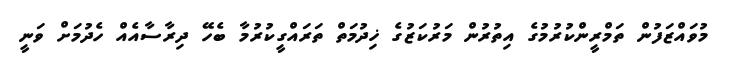
މުވައްޒަފުން ތަމްރީންކުރުމުގެ އިތުރުން މަރުކަޒުގެ ޚިދުމަތް ތަރައްގީކުރުމާ ބެހޭ ދިރާސާއެއް ހެދުމަށް ވަނީ